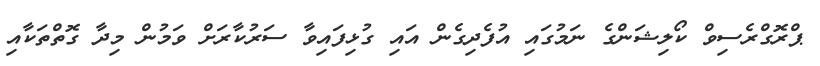
ޕްރޮގްރެސިވް ކޯލިޝަންގެ ނަމުގައި އުފެދިގެން އައި ގުޅިފައިވާ ސަރުކާރަށް ވަމުން މިދާ ގޮތްތަކާއި